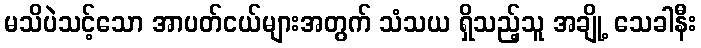
မသိပဲသင့်သော အာပတ်ငယ်များအတွက် သံသယ ရှိသည့်သူ အချို့ သေခါနီး